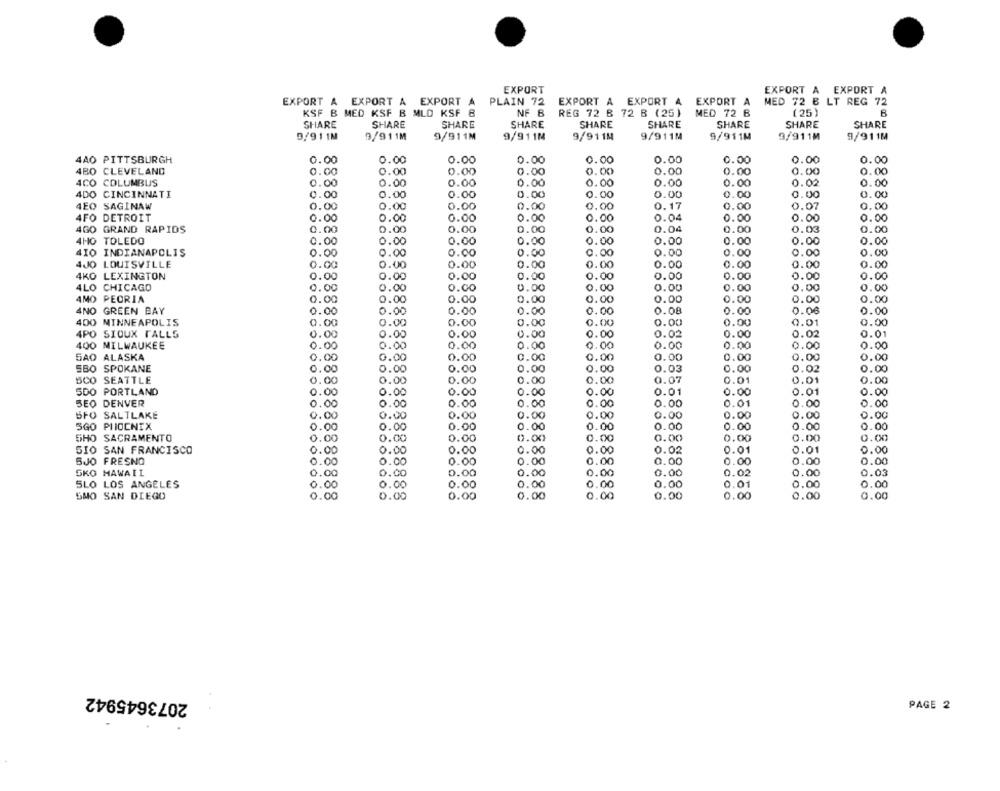
EXPORT
EXPORT A EXPORT A
EXPORT & EXPORT A EXPORT A
PLAIN 72
EXPORT A EXPORT A EXPORT A
MED 72 B LT REG 72
KSF B MED KSF B MLD KSF 8
NF B
REG 72 B 72 B (25)
MED 72 B
(25)
SHARE
SHARE
SHARE
SHARE
SHARE
SHARE
SHARE
SHARE
SHARE
9/911M
9/911M
9/911M
9/911M
9/911M
9/911M
9/911M
9/911M
9/911M
0.00
4AO PITTSBURGH
0.00
0.00
0.00
0.00
0.00
0.00
0.00
0.00
4BO CLEVELAND
.00
0.00
0.00
.00
0.00
0.00
0.00
0.00
0.00
4CO COLUMBUS
0.00
0.00
0.00
0.00
0.00
0.00
0.00
0.02
0.00
4DO CINCINNATI
0.00
0.00
0.00
0.00
0.00
0.00
0.00
0.00
.00
4EO SAGINAW
0.00
0.00
0.00
0.00
0.00
0.17
0.00
0.07
0.00
4FO DETROIT
0.00
0.00
0.00
0.00
.00
0.04
0.00
.00
.00
4GO GRAND RAPIDS
0.00
0.00
0.00
0.00
0.00
0.04
0.00
0.03
0.00
4HO TOLEDO
0.00
0.00
0.00
0.00
0.00
0.00
0.00
0.00
0.00
410 INDIANAPOLIS
0.00
0.00
0.00
0.00
0.00
0.00
0.00
0.00
1.00
4JO LOUISVILLE
0.00
0.00
0.00
0.00
0.00
0.00
0.00
0.00
0.00
4KO LEXINGTON
0.00
0.00
0.00
.00
0.00
0.00
0.00
0.00
0.00
4LO CHICAGO
0.00
0.00
0.00
0.00
0.00
0.00
0.00
0.00
9.00
AMO PEORIA
0.00
0.00
0.00
0.00
0.00
0.00
0.00
0.00
0.00
4NO
GREEN BAY
0.00
0.00
0.00
0.00
0.00
0.08
0.00
0 .00
0.00
400
MINNEAPOLIS
0.00
0.00
0.00
0.00
0.00
0.00
0.00
0.01
0.00
4PO
0.00
0.00
SIOUX FALLS
.00
0.00
0.00
0.00
0.02
0.02
0.01
400 MILWAUKEE
0.00
0.00
0.00
0.00
0.00
0.00
0.00
0.00
5AO ALASKA
0.00
0.00
0.00
0.00
0.00
0.00
0.00
0.00
1.00
SBO SPOKANE
.00
0.00
0.00
0.00
0.00
0.03
0.00
.02
0.00
SCO SEATTLE
0.00
0.00
0.00
0.00
0.00
0.07
0.01
0.01
0.00
SDO PORTLAND
0.
0.00
0.00
0.00
0.00
0.01
0.00
.01
0.00
SEO DENVER
.00
0.00
0.00
0.00
0.00
0.01
0.00
0.00
0.00
BFO SALTLAKE
0.00
0.00
0.00
0.00
0.00
0.00
0.00
0.00
.00
SGO PHOENIX
0.
0.00
0.00
0.00
0.00
0.00
0.00
.00
2.00
SHO SACRAMENTO
0.00
0.00
0.00
0.00
0.00
0.00
0.00
0.00
0.00
SIO SAN FRANCISCO
0.00
0.00
0.00
0.00
0.00
0.02
0.01
0.01
0.00
0.00
BJO FRESNO
0.00
0.00
.00
O
0.00
0.00
0.00
0.00
1.00
SKO HAWAII
0.00
0.00
0.00
0.00
0.00
0.00
0.02
0.00
0.03
SLO LOS ANGELES
.00
0
0.00
0.00
0.00
0.00
0.00
0.
0.00
0.00
SMO SAN DIEGO
0.00
0.00
0.00
0.00
0.00
0.00
0.00
0.00
0.00
2073645942
PAGE 2